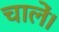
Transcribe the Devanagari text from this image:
चालें।